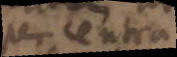
per centra